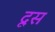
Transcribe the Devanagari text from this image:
दूस